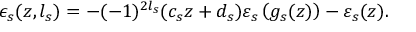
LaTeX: \epsilon _ { s } ( z , l _ { s } ) = - ( - 1 ) ^ { 2 l _ { s } } ( c _ { s } z + d _ { s } ) \varepsilon _ { s } \left( g _ { s } ( z ) \right) - \varepsilon _ { s } ( z ) .